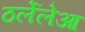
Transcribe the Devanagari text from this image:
ठर्लेलेआ